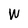
Character: W